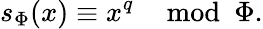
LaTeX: s_{\Phi}(x)\equiv x^{q}\mod\Phi.